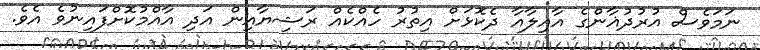
ނަމަވެސް އުރުދުޣާންގެ އާއިލާއާ ދެކޮޅަށް އިތުރު ހެއްކެއް ރަޝިޔާއިން އަދި އާއްމުކޮށްފައިނުވެ އެވެ.